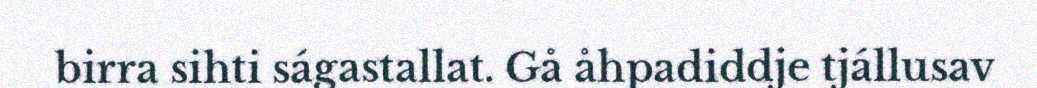
birra sihti ságastallat. Gå åhpadiddje tjállusav